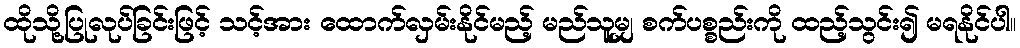
ထိုသို့ပြုလုပ်ခြင်းဖြင့် သင့်အား ထောက်လှမ်းနိုင်မည့် မည်သူမျှ စက်ပစ္စည်းကို ထည့်သွင်း၍ မရနိုင်ပါ။